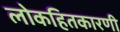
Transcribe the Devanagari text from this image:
लोकहितकारणी